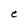
Character: C